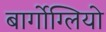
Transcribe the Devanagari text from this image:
बार्गोग्लियो